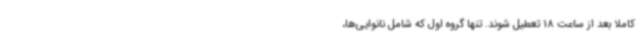
کاملا بعد از ساعت 18 تعطیل شوند. تنها گروه اول که شامل نانوایی‌ها،